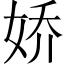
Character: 娇